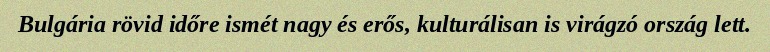
Bulgária rövid időre ismét nagy és erős, kulturálisan is virágzó ország lett.